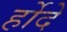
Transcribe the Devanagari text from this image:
र्होदे